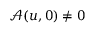
\mathcal { A } ( u , 0 ) \neq 0